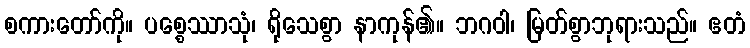
စကားတော်ကို။ ပစ္စေဿာသုံ၊ ရိုသေစွာ နာကုန်၏။ ဘဂဝါ၊ မြတ်စွာဘုရားသည်။ ဧတံ